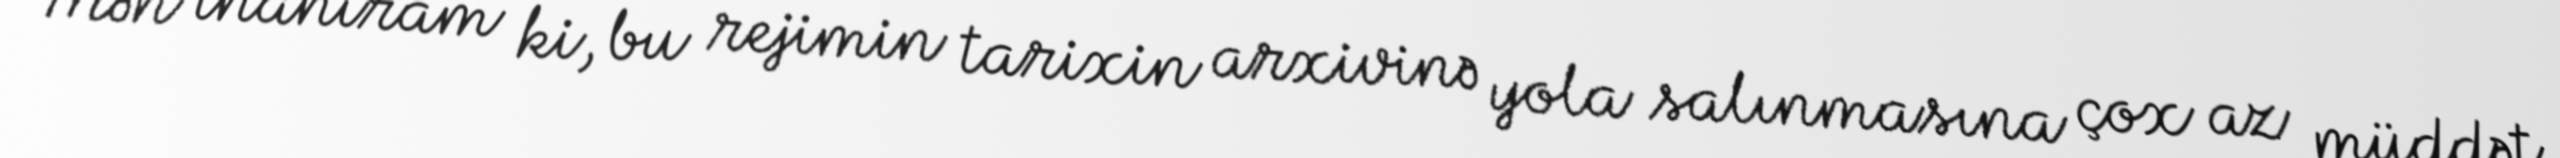
Mən inanıram ki, bu rejimin tarixin arxivinə yola salınmasına çox az müddət